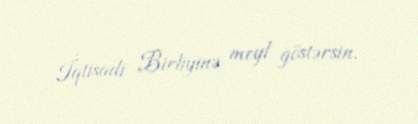
İqtisadi Birliyinə meyl göstərsin.